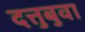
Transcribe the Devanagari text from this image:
दत्तुबुवा